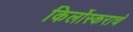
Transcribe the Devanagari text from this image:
किर्लोस्कराचे